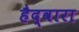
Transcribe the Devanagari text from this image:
हैद्वारा